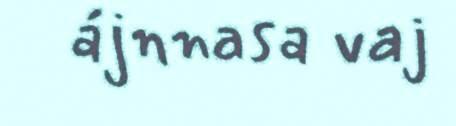
ájnnasa vaj